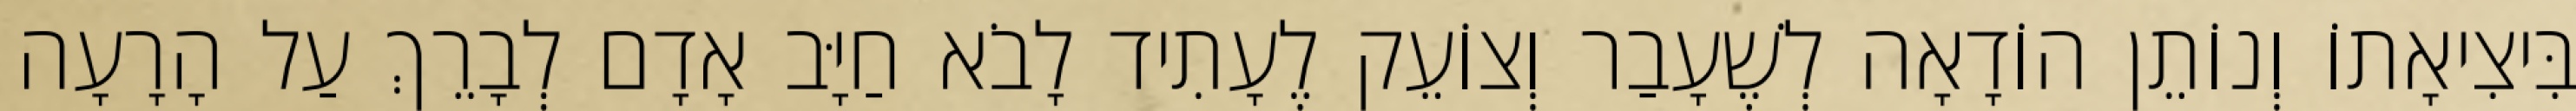
בִּיצִיאָתוֹ וְנוֹתֵן הוֹדָאָה לְשֶׁעָבַר וְצוֹעֵק לֶעָתִיד לָבֹא חַיָּב אָדָם לְבָרֵךְ עַל הָרָעָה